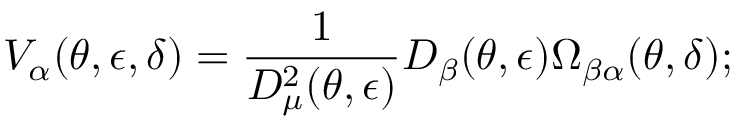
V _ { \alpha } ( \theta , \epsilon , \delta ) = \frac { 1 } { D _ { \mu } ^ { 2 } ( \theta , \epsilon ) } D _ { \beta } ( \theta , \epsilon ) \Omega _ { \beta \alpha } ( \theta , \delta ) ;